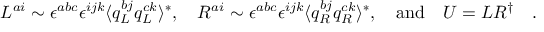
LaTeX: L ^ { a i } \sim \epsilon ^ { a b c } \epsilon ^ { i j k } \langle q _ { L } ^ { b j } q _ { L } ^ { c k } \rangle ^ { * } , \quad R ^ { a i } \sim \epsilon ^ { a b c } \epsilon ^ { i j k } \langle q _ { R } ^ { b j } q _ { R } ^ { c k } \rangle ^ { * } , \quad \mathrm { a n d } \quad U = L R ^ { \dag } \quad .